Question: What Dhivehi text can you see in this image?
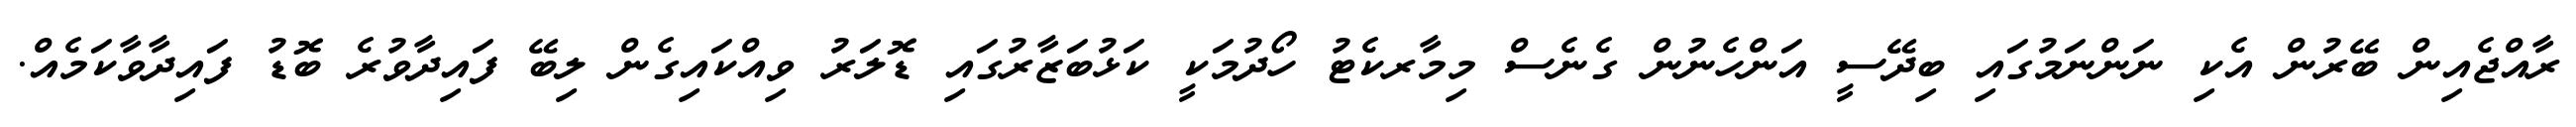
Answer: ރާއްޖެއިން ބޭރުން އެކި ނަންނަމުގައި ބިދޭސީ އަންހެނުން ގެނެސް މިމާރކެޓު ހޯދުމަކީ ކަޅުބަޒާރުގައި ޑޮލަރު ވިއްކައިގެން ލިބޭ ފައިދާވުރެ ބޮޑު ފައިދާވާކަމެއް.